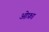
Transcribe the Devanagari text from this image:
ओफ़ा